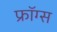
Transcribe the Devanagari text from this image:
फ्रॉग्स